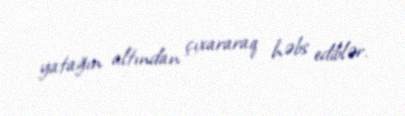
yatağın altından çıxararaq həbs ediblər.